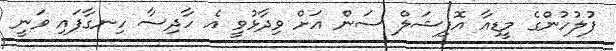
ފުލުހުންގެ މީޑިއާ އޮފިޝަލް ސަން އަށް ވިދާޅުވީ އެ ހާދިސާ ހިނގާފައި ވަނީ